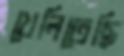
খেলিতেছি